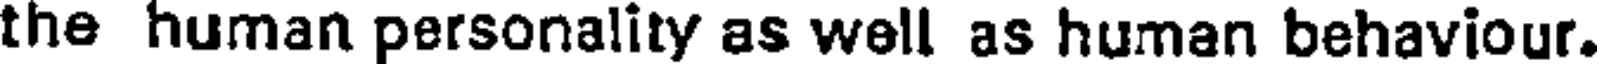
the human personality as well as human behaviour.